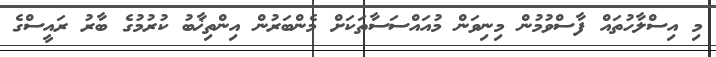
މި އިސްލާހުތައް ފާސްވުުމުން މިނިވަން މުއައްސަސާތަކަށް މެންބަރުން އިންތިޚާބު ކުރުމުގެ ބާރު ރައީސްގެ